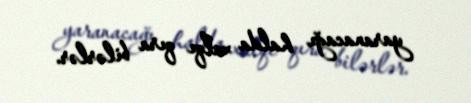
yaranacağı halda xalqı qıra bilərlər.